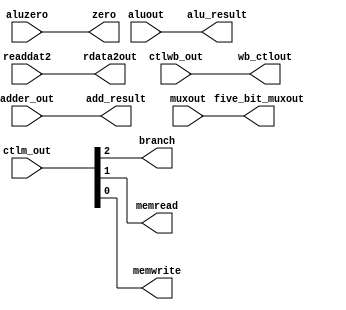
`timescale 1ns / 1ps
/* ex_mem.v */
module ex_mem(
	input		wire	[1:0]		ctlwb_out,
	input		wire	[2:0]		ctlm_out,
	input		wire	[31:0]	adder_out,
	input		wire				aluzero,
	input		wire	[31:0]	aluout, readdat2,
	input		wire	[4:0]		muxout,
	output	reg	[1:0]		wb_ctlout,
	output	reg				branch, memread, memwrite,
	output	reg	[31:0]	add_result,
	output	reg				zero,
	output	reg	[31:0]	alu_result, rdata2out,
	output	reg	[4:0]		five_bit_muxout
    );

	initial begin
		wb_ctlout <= 0; 
		branch <= 0; 
		memread <= 0; 
		memwrite <= 0;
		add_result <= 0;
		zero <= 0;
		alu_result <= 0; 
		rdata2out <= 0;
		five_bit_muxout <= 0;
	end

	always@* begin
		#1 //Update Delay
		
		//Use Fig 3.7 to assign the inputs to the outputs 
        wb_ctlout <= ctlwb_out;
		branch <= ctlm_out[2];     
		memread <= ctlm_out[1];       
		memwrite <= ctlm_out[0];    
                   	                          /*Here's your hint for these 3: 
                                                               Look at their size (listed in the port listings on top)
                                                               Figure out which input wire needs to get assigned to them.
                                                               Then trace the wires in the "MIPS Data Path Diagram" 
                                              */
            
            add_result <= adder_out;   
		zero <= aluzero;
		alu_result <= aluout;
		rdata2out <= readdat2;
		five_bit_muxout <= muxout;
	end

endmodule // ex_mem